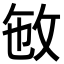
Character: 𢼏